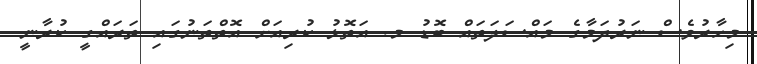
މިހާރުވެސް ނަރުދަމާގެ މައްސަލަތައް ބޮޑު މ. އަތޮޅު ކުރިއަށް އޮތްތަނުގައި ތަރައްގީ ކުރާނީ